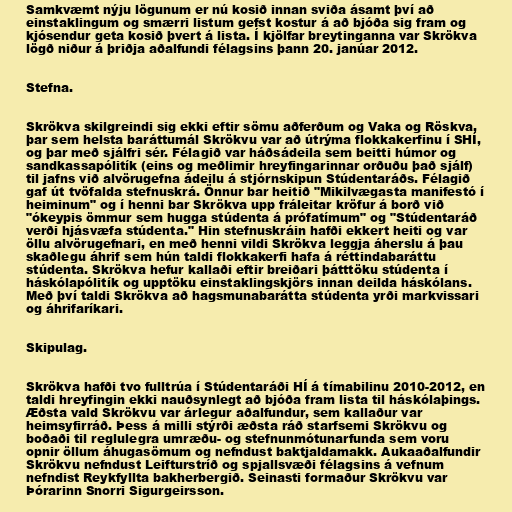
Samkvæmt nýju lögunum er nú kosið innan sviða ásamt því að
einstaklingum og smærri listum gefst kostur á að bjóða sig fram og
kjósendur geta kosið þvert á lista. Í kjölfar breytinganna var Skrökva
lögð niður á þriðja aðalfundi félagsins þann 20. janúar 2012.

Stefna.

Skrökva skilgreindi sig ekki eftir sömu aðferðum og Vaka og Röskva,
þar sem helsta baráttumál Skrökvu var að útrýma flokkakerfinu í SHÍ,
og þar með sjálfri sér. Félagið var háðsádeila sem beitti húmor og
sandkassapólitík (eins og meðlimir hreyfingarinnar orðuðu það sjálf)
til jafns við alvörugefna ádeilu á stjórnskipun Stúdentaráðs. Félagið
gaf út tvöfalda stefnuskrá. Önnur bar heitið "Mikilvægasta manifestó í
heiminum" og í henni bar Skrökva upp fráleitar kröfur á borð við
"ókeypis ömmur sem hugga stúdenta á prófatímum" og "Stúdentaráð
verði hjásvæfa stúdenta." Hin stefnuskráin hafði ekkert heiti og var
öllu alvörugefnari, en með henni vildi Skrökva leggja áherslu á þau
skaðlegu áhrif sem hún taldi flokkakerfi hafa á réttindabaráttu
stúdenta. Skrökva hefur kallaði eftir breiðari þátttöku stúdenta í
háskólapólitík og upptöku einstaklingskjörs innan deilda háskólans.
Með því taldi Skrökva að hagsmunabarátta stúdenta yrði markvissari
og áhrifaríkari.

Skipulag.

Skrökva hafði tvo fulltrúa í Stúdentaráði HÍ á tímabilinu 2010-2012, en
taldi hreyfingin ekki nauðsynlegt að bjóða fram lista til háskólaþings.
Æðsta vald Skrökvu var árlegur aðalfundur, sem kallaður var
heimsyfirráð. Þess á milli stýrði æðsta ráð starfsemi Skrökvu og
boðaði til reglulegra umræðu- og stefnunmótunarfunda sem voru
opnir öllum áhugasömum og nefndust baktjaldamakk. Aukaaðalfundir
Skrökvu nefndust Leifturstríð og spjallsvæði félagsins á vefnum
nefndist Reykfyllta bakherbergið. Seinasti formaður Skrökvu var
Þórarinn Snorri Sigurgeirsson.